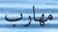
مھارب